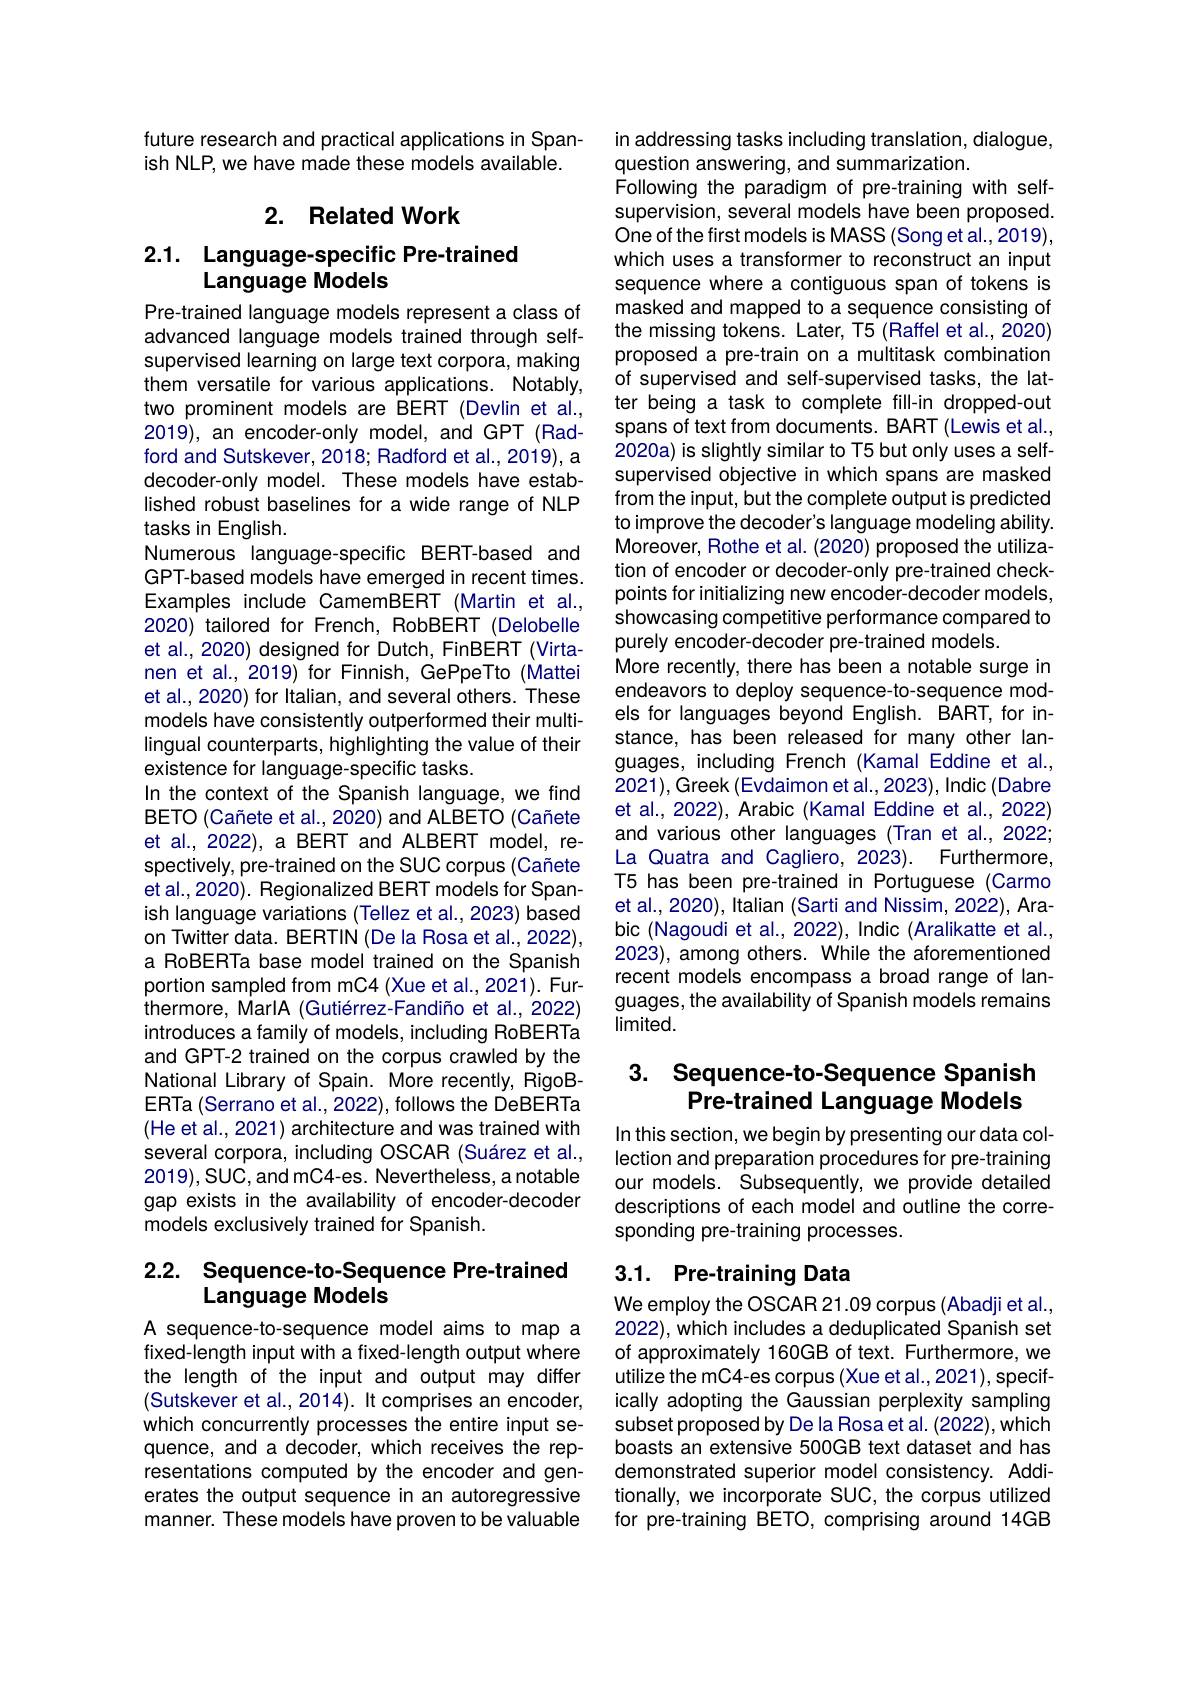
future research and practical applications in Span-
ish NLP, we have made these models available.

## 2. Related Work

# 2.1. Language-specific Pre-trained Language Models

Pre-trained language models represent a class of advanced language models trained through selfsupervised learning on large text corpora, making them versatile for various applications. Notably, two prominent models are BERT (Devlin et al., 2019), an encoder-only model, and GPT (Radford and Sutskever, 2018; Radford et al., 2019), a decoder-only model. These models have established robust baselines for a wide range of NLP tasks in English.
Numerous language-specific BERT-based and GPT-based models have emerged in recent times. Examples include CamemBERT (Martin et al., 2020) tailored for French, RobBERT (Delobelle et al., 2020) designed for Dutch, FinBERT (Virtanen et al., 2019) for Finnish, GePpeTto (Mattei et al., 2020) for Italian, and several others. These models have consistently outperformed their multilingual counterparts, highlighting the value of their existence for language-specific tasks.
In the context of the Spanish language, we find BETO (Cañete et al., 2020) and ALBETO (Cañete et al., 2022), a BERT and ALBERT model, respectively, pre-trained on the SUC corpus (Cañete et al., 2020). Regionalized BERT models for Spanish language variations (Tellez et al., 2023) based on Twitter data. BERTIN (De la Rosa et al., 2022), a RoBERTa base model trained on the Spanish portion sampled from mC4 (Xue et al., 2021). Furithermore, MarlA ( Guti$\acute{e}$rrez- Fandi$\tilde{n}$o et al. , 2022) introduces a family of models, including RoBERTa and GPT-2 trained on the corpus crawled by the National Library of Spain. More recently, RigoBERTa (Serrano et al., 2022), follows the DeBERTa (He et al., 2021) architecture and was trained with several corpora, including OSCAR (Suárez et al., 2019),SUC, and mC4-es. Nevertheless, a notable gap exists in the availability of encoder-decoder models exclusively trained for Spanish.

# 2.2. Sequence-to-Sequence Pre-trained Language Models

A sequence-to-sequence model aims to map a fixed-length input with a fixed-length output where the length of the input and output may differ (Sutskever et al., 2014). It comprises an encoder, which concurrently processes the entire input sequence, and a decoder, which receives the representations computed by the encoder and generates the output sequence in an autoregressive manner. These models have proven to be valuable

in addressing tasks including translation, dialogue,
question answering, and summarization.
Following the paradigm of pre-training with selfsupervision, several models have been proposed. One of the first models is MASS (Song et al., 2019), which uses a transformer to reconstruct an input sequence where a contiguous span of tokens is masked and mapped to a sequence consisting of the missing tokens. Later, T5 (Raffel et al., 2020) proposed a pre-train on a multitask combination of supervised and self-supervised tasks, the latter being a task to complete fill-in dropped-out spans of text from documents. BART (Lewis et al., 2020a) is slightly similar to T5 but only uses a selfsupervised objective in which spans are masked from the input, but the complete output is predicted to improve the decoder's language modeling ability. Moreover, Rothe et al. (2020) proposed the utilization of encoder or decoder-only pre-trained checkpoints for initializing new encoder-decoder models, showcasing competitive performance compared to purely encoder-decoder pre-trained models.
More recently, there has been a notable surge in endeavors to deploy sequence-to-sequence models for languages beyond English. BART, for instance, has been released for many other languages, including French (Kamal Eddine et al., 2021),Greek (Evdaimon et al., 2023), Indic (Dabre et al., 2022), Arabic (Kamal Eddine et al., 2022) and various other languages (Tran et al., 2022; La Quatra and Cagliero, 2023). Furthermore, T5 has been pre-trained in Portuguese (Carmo et al., 2020), Italian (Sarti and Nissim, 2022), Arabic (Nagoudi et al., 2022), Indic (Aralikatte et al., 2023), among others. While the aforementioned recent models encompass a broad range of languages, the availability of Spanish models remains $limited.$

## 3. Sequence-to-Sequence Spanish Pre-trained Language Models

In this section, we begin by presenting our data collection and preparation procedures for pre-training our models. Subsequently, we provide detailed descriptions of each model and outline the corresponding pre-training processes.

# 3.1. Pre-training Data

We employ the OSCAR 21.09 corpus (Abadji et al., 2022), which includes a deduplicated Spanish set of approximately 160GB of text. Furthermore, we utilize the mC4-es corpus (Xue et al.,2021), specifically adopting the Gaussian perplexity sampling subset proposed by De la Rosa et al. (2022), which boasts an extensive 500GB text dataset and has demonstrated superior model consistency. Additionally, we incorporate SUC, the corpus utilized for pre-training BETO, comprising around 14GB